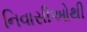
નિવાસીઓથી